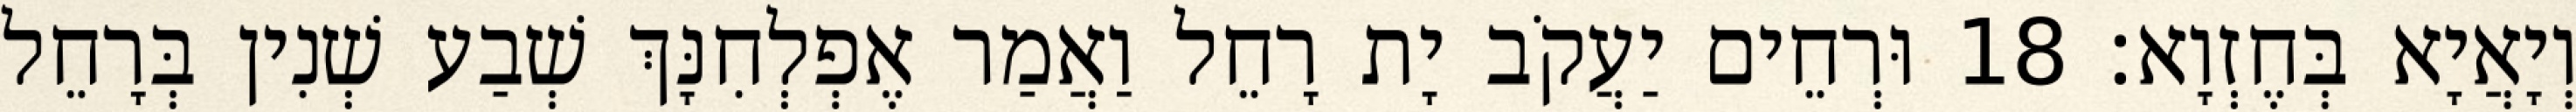
וְיָאֲיָא בְּחֶזְוָא׃ 18 וּרְחֵים יַעֲקֹב יָת רָחֵל וַאֲמַר אֶפְלְחִנָּךְ שְׁבַע שְׁנִין בְּרָחֵל